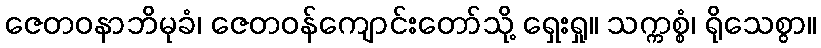
ဇေတဝနာဘိမုခံ၊ ဇေတဝန်ကျောင်းတော်သို့ ရှေးရှု။ သက္ကစ္စံ၊ ရိုသေစွာ။